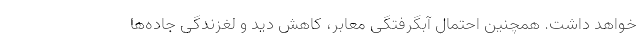
خواهد داشت. همچنین احتمال آبگرفتگی معابر، کاهش دید و لغزندگی جاده‌ها